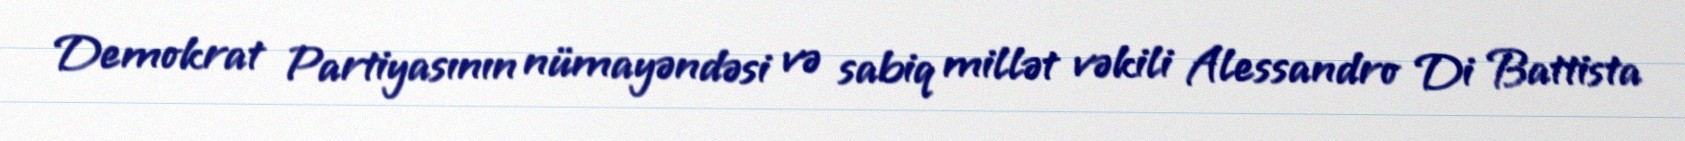
Demokrat Partiyasının nümayəndəsi və sabiq millət vəkili Alessandro Di Battista